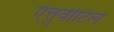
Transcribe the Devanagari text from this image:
एत्तुवीटिल